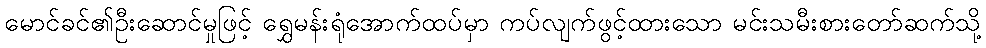
မောင်ခင်၏ဦးဆောင်မှုဖြင့် ရွှေမန်းရုံအောက်ထပ်မှာ ကပ်လျက်ဖွင့်ထားသော မင်းသမီးစားတော်ဆက်သို့